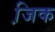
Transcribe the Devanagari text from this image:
जि़क